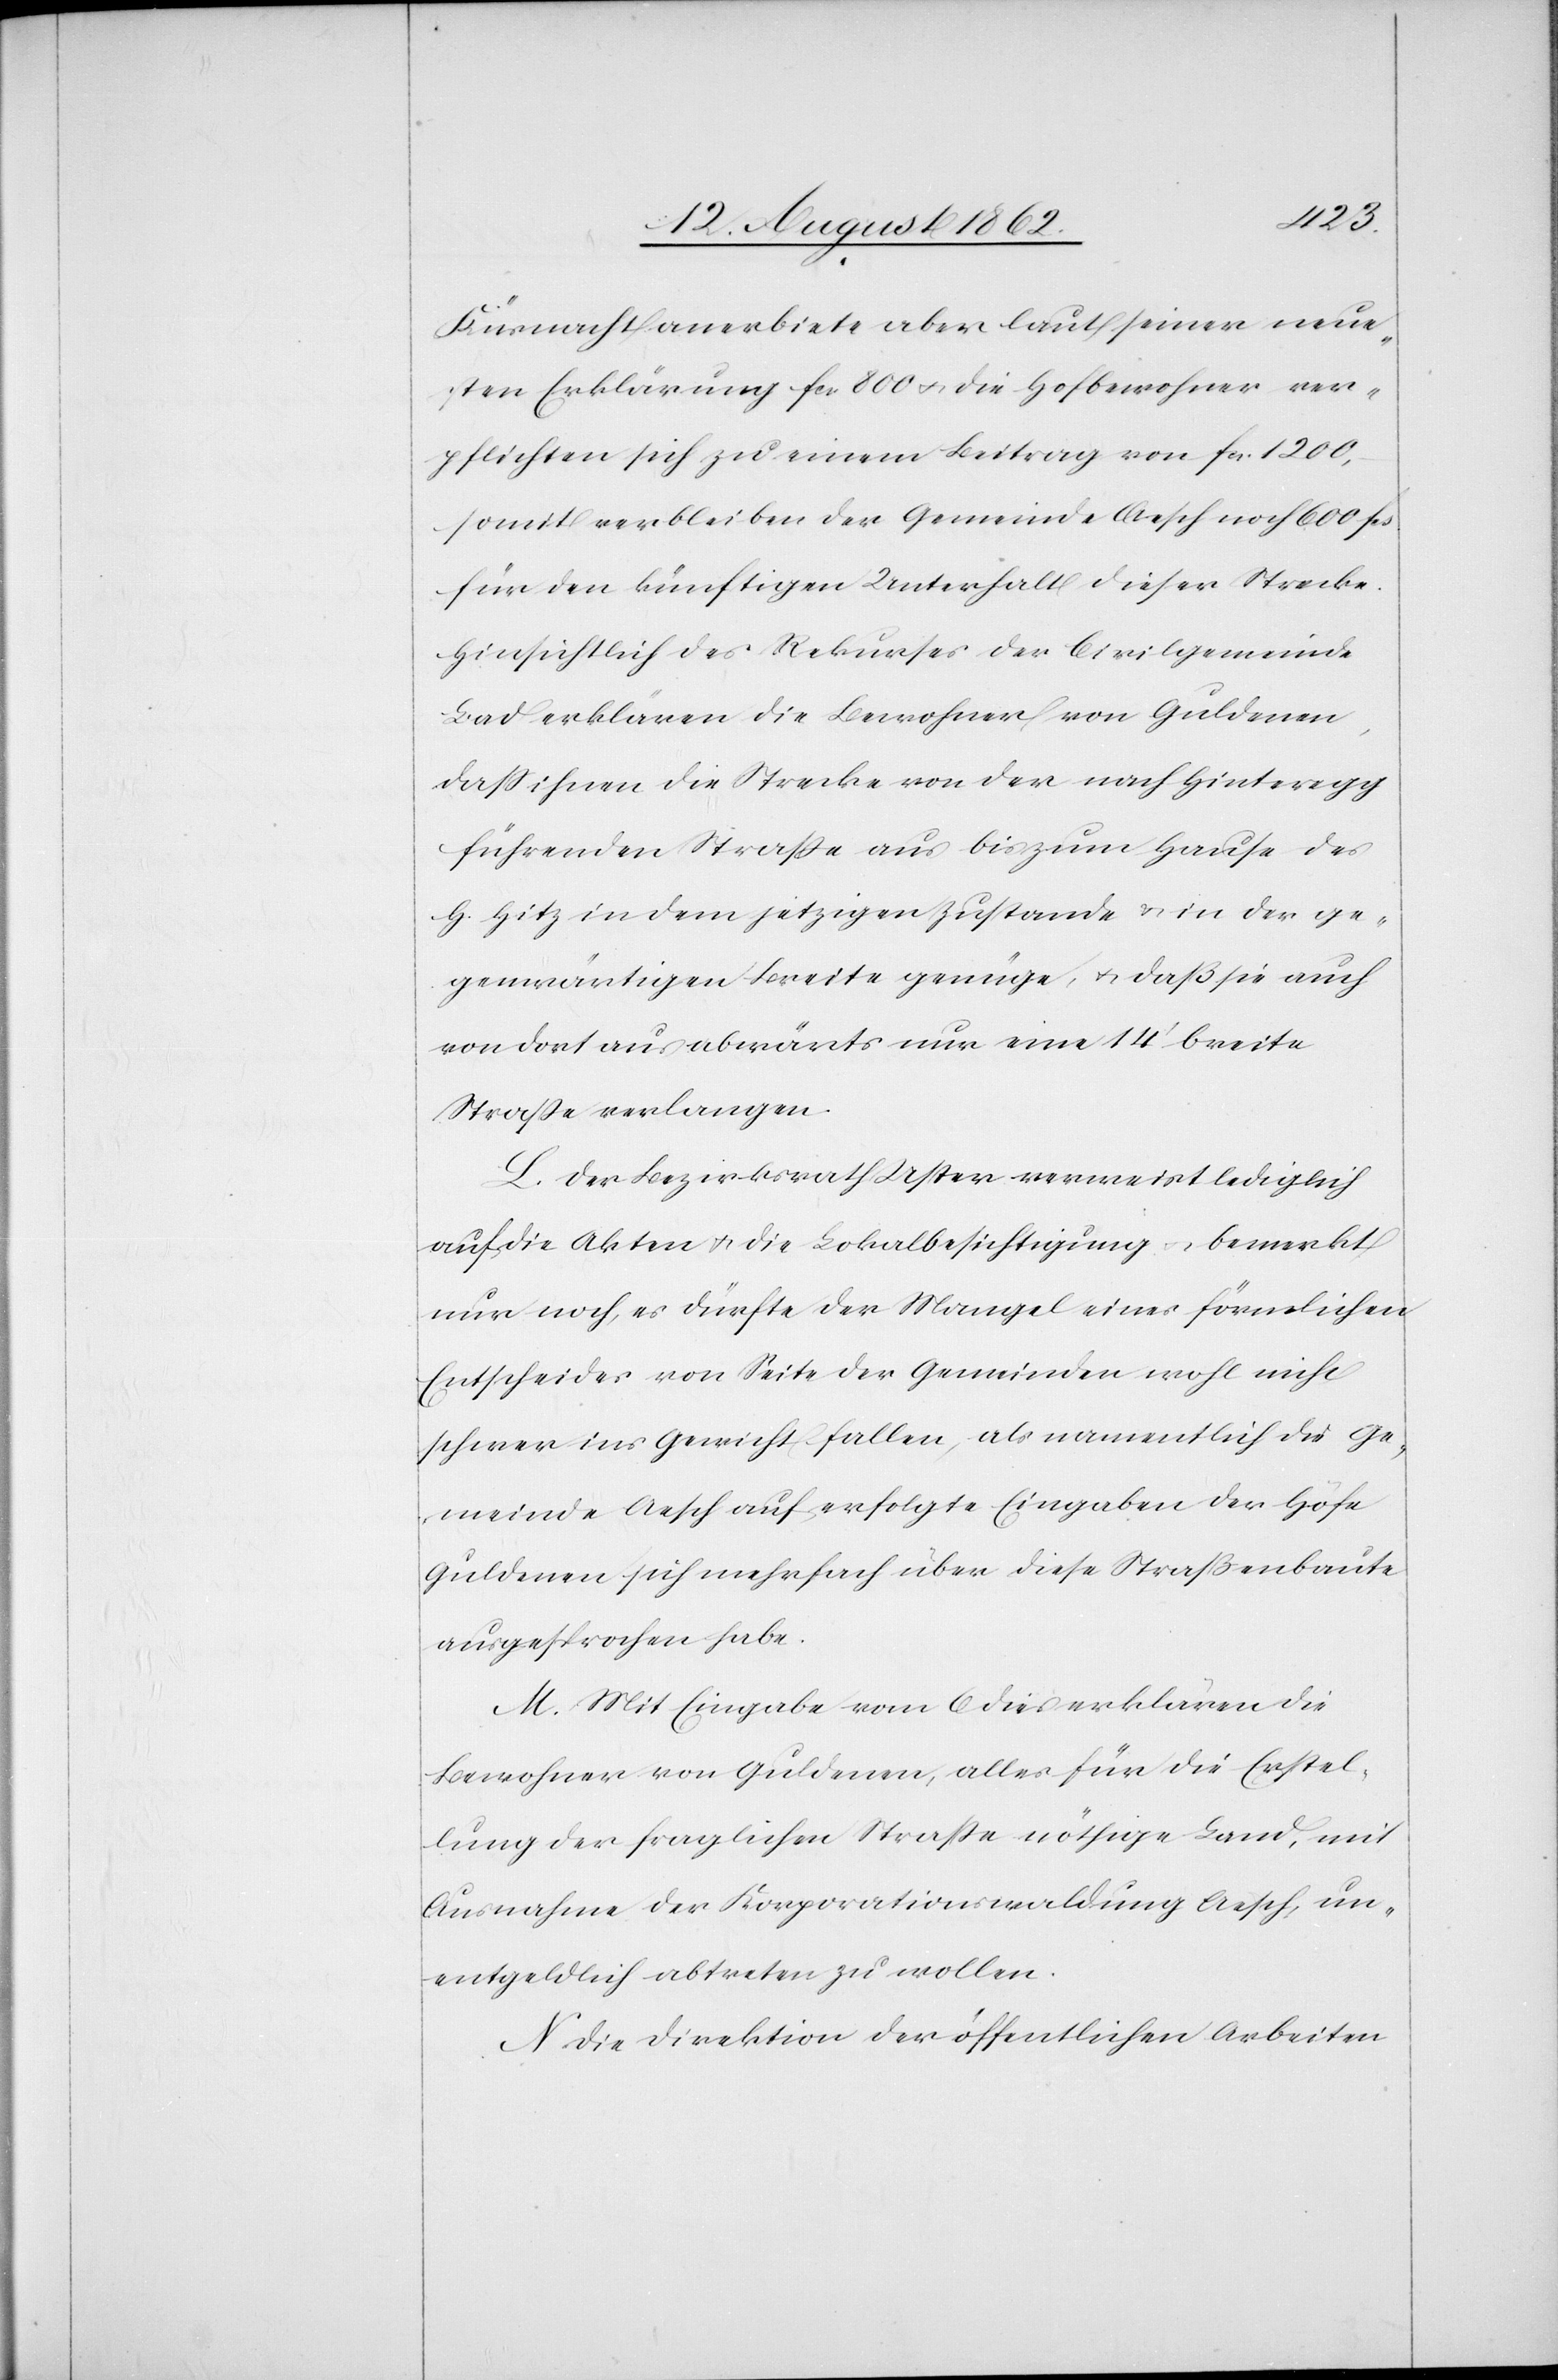
Küsnacht anerbiete aber laut seiner neue¬
sten Erklärung fcs.8000 u. die Hofbewohner ver¬
pflichten sich zu einem Beitrag von fcs. 1200,
somit verbleiben der Gemeinde Asch noch 600 fcs.
für den künftigen Unterhalt dieser Strecke.
Hinsichtlich des Rekurses der Civilgemeinde
Bad erklären die Bewohner von Guldenen,
daß ihnen die Strecke von der nach Hinteregg
führenden Straße aus bis zum Hause des
G. Hitz in dem jetzigen Zustande u. in der ge¬
genwärtigen Breite genüge, u. daß sie auch
von dort aus abwärts nur eine 14’ breite
Straße verlangen.
L. Der Bezirksrath Uster verweist lediglich
auf die Akten u. die Lokalbesichtigung u. bemerkt
nur noch, es dürfte der Mangel eines förmlichen
Entscheides von Seite der Gemeinden wohl nicht
schwer ins Gewicht fallen, als namentlich die Ge¬
meinde Aesch auf erfolgte Eingaben der Höfe
Guldenen sich mehrfach über diese Straßenbaute
ausgesprochen habe.
M. Mit Eingabe vom 6. dies erklären die
Bewohner von Guldenen, alles für die Erstel¬
lung der fraglichen Straße nöthige Land, mit
Ausnahme der Korporationswaldung Aesch, un¬
entgeldlich abtreten zu wollen.
N. Die Direktion der öffentlichen Arbeiten